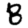
Digit: 8